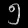
Digit: ၅